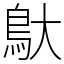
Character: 䲦